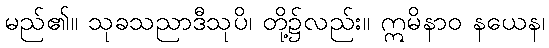
မည်၏။ သုခသညာဒီသုပိ၊ တို့၌လည်း။ ဣမိနာဝ နယေန၊